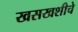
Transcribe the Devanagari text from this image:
खसखशीचे